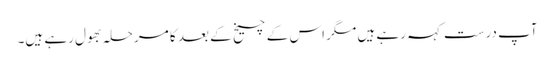
آپ درست کہہ رہے ہیں مگر اس کے چیخ کے بعد کا مرحلہ بھول رہے ہیں۔